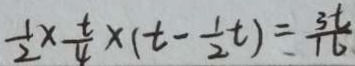
\frac { 1 } { 2 } \times \frac { t } { 4 } \times ( t - \frac { 1 } { 2 } t ) = \frac { 3 t } { 1 6 }